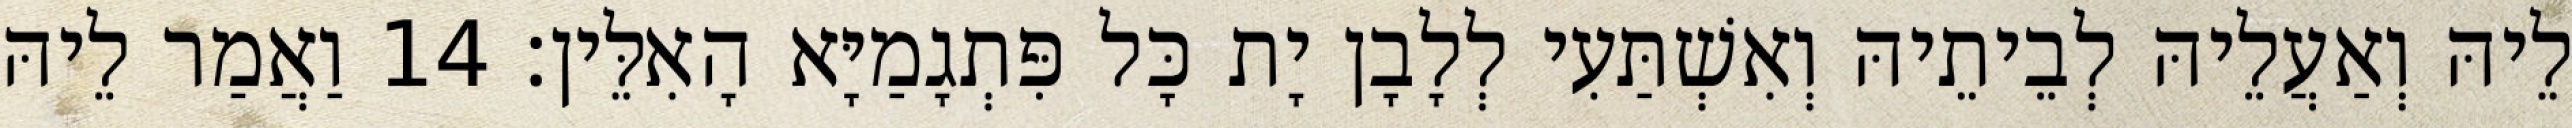
לֵיהּ וְאַעֲלֵיהּ לְבֵיתֵיהּ וְאִשְׁתַּעִי לְלָבָן יָת כָּל פִּתְגָמַיָּא הָאִלֵּין׃ 14 וַאֲמַר לֵיהּ